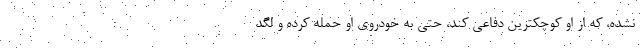
نشده، که از او کوچکترین دفاعی کند، حتی به خودروی او حمله کرده و لگد